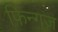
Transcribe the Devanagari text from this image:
फिन्गज़